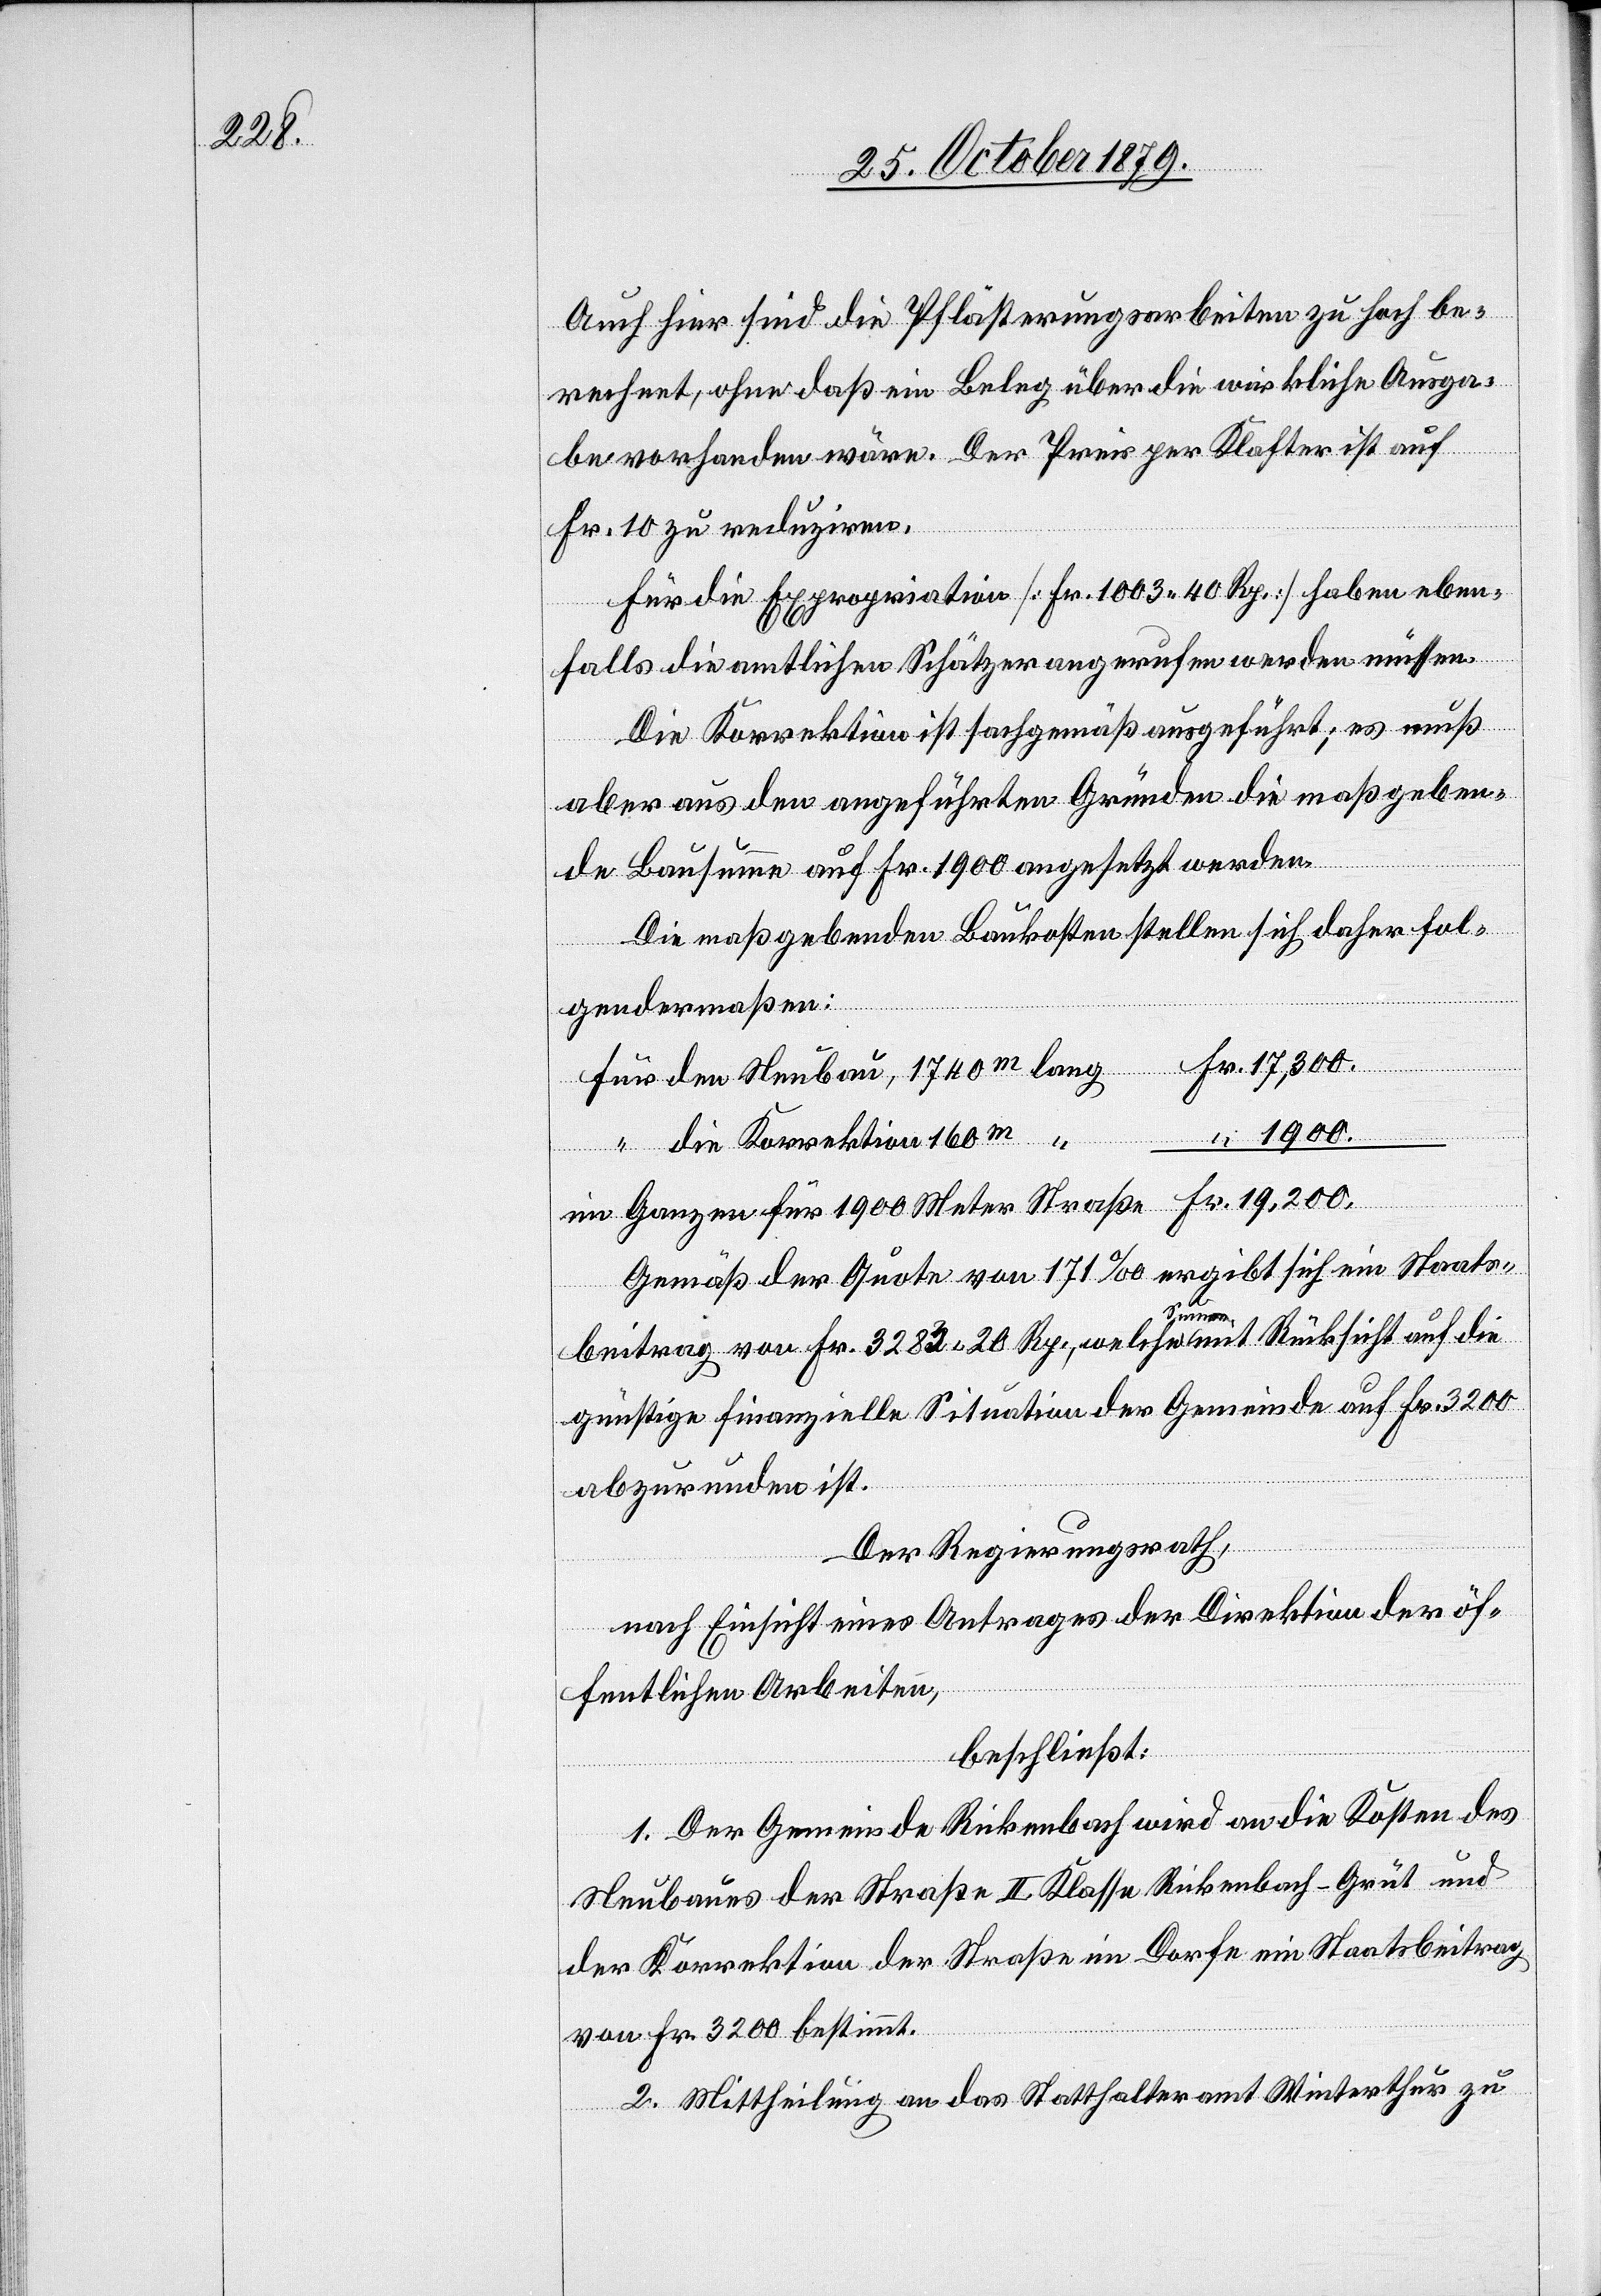
Auch hier sind die Pflasterungsarbeiten zu hoch be¬
rechnet, ohne daß ein Beleg über die wirkliche Ausga¬
be vorhanden wäre. Der Preis per Klafter ist auf
Fr. 10 zu reduziren.
Für die Expropriation [Fr. 1003 40 Rp.] haben eben¬
falls die amtlichen Schätzer angerufen werden müssen.
Die Korrektion ist sachgemäß ausgeführt; es muß
aber aus den angeführten Gründen die maßgeben¬
de Bausumme auf Fr. 1900 angesetzt werden.
Die maßgebenden Baukosten stellen sich daher fol¬
Neubau,
gendermaßen:
für 1900
Meter Straße
Gemäß der Quote von 171 % ergibt sich ein Staats¬
lang
beitrag von Fr. 3282 80 Rp., welche Summe mit Rücksicht auf die
günstige finanzielle Situation der Gemeinde auf Fr. 3200
abzurunden ist.
Der Regierungsrath,
nach Einsicht eines Antrages der Direktion der öf¬
fentlichen Arbeiten,
beschließt:
1. Der Gemeinde Rickenbach wird an die Kosten des
Neubaus der Straße II. Klasse Rickenbach–Grüt und
der Korrektion der Straße im Dorfe ein Staatsbeitrag
von Fr. 3200 bestimmt.
2. Mittheilung an das Statthalteramt Winterthur zu